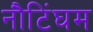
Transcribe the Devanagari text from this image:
नौटिंघम